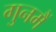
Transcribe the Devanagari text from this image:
गुनमैं